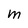
Character: M